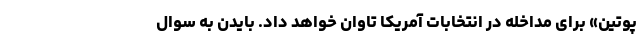
پوتین» برای مداخله در انتخابات آمریکا تاوان خواهد داد. بایدن به سوال